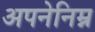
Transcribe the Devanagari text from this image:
अपनेनिम्न